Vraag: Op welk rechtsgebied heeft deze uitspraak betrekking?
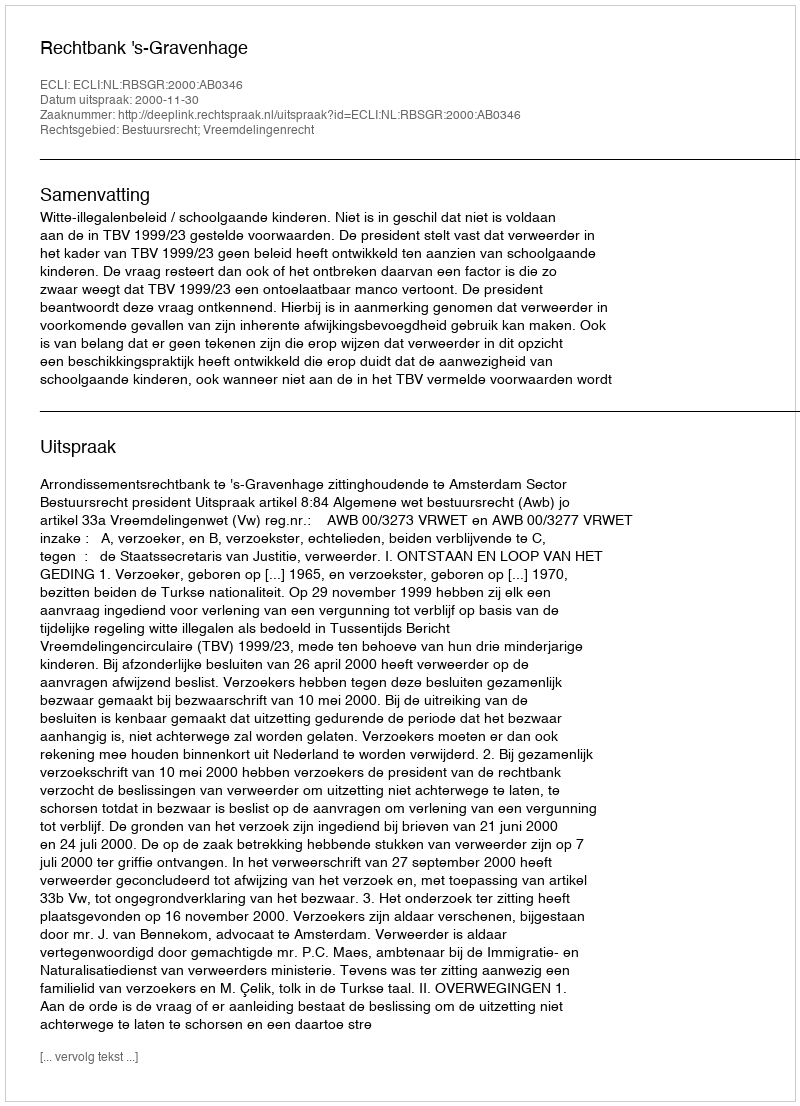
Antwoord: Bestuursrecht; Vreemdelingenrecht